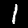
Digit: 1